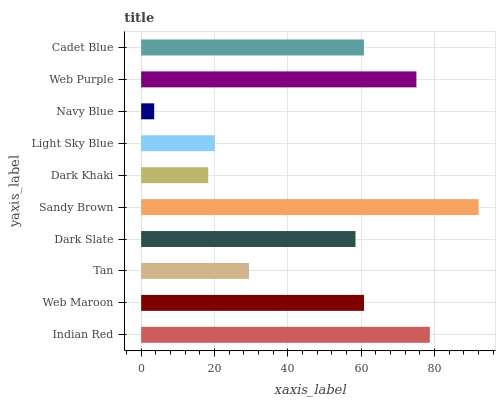
| yaxis_label | bars |
 | --- | --- |
 | Indian Red | 78.7 |
 | Web Maroon | 60.8 |
 | Tan | 29.4 |
 | Dark Slate | 58.5 |
 | Sandy Brown | 92 |
 | Dark Khaki | 18.3 |
 | Light Sky Blue | 20.1 |
 | Navy Blue | 3.55 |
 | Web Purple | 75.1 |
 | Cadet Blue | 60.8 |